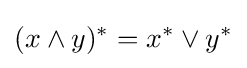
(x\wedge y)^{*}=x^{*}\vee y^{*}